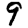
Digit: 9